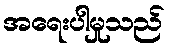
အရေးပါမှုသည်